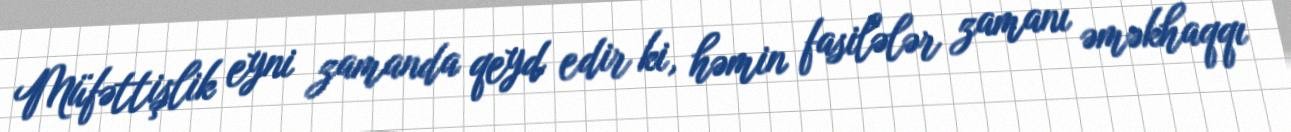
Müfəttişlik eyni zamanda qeyd edir ki, həmin fasilələr zamanı əməkhaqqı